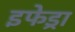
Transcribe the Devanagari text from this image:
इफेड्रा